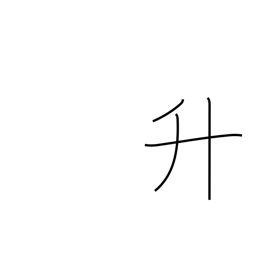
Meaning: measuring box